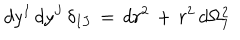
LaTeX: \, d y ^ { I } \, d y ^ { J } \, \delta _ { I J } \, = \, d r ^ { 2 } \, + \, r ^ { 2 } \, d \Omega _ { 7 } ^ { 2 }